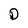
Character: D